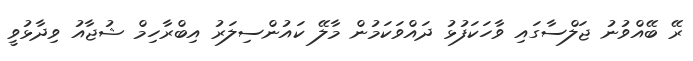
ރޭ ބޭއްވުނު ޖަލްސާގައި ވާހަކަފުޅު ދައްވަކަމުން މާލޭ ކައުންސިލަރު އިބްރާހިމް ޝުޖާއު ވިދާޅުވީ